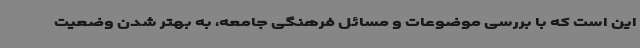
این است که با بررسی موضوعات و مسائل فرهنگی جامعه، به بهتر شدن وضعیت